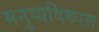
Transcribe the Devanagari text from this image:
मनुष्यविकास